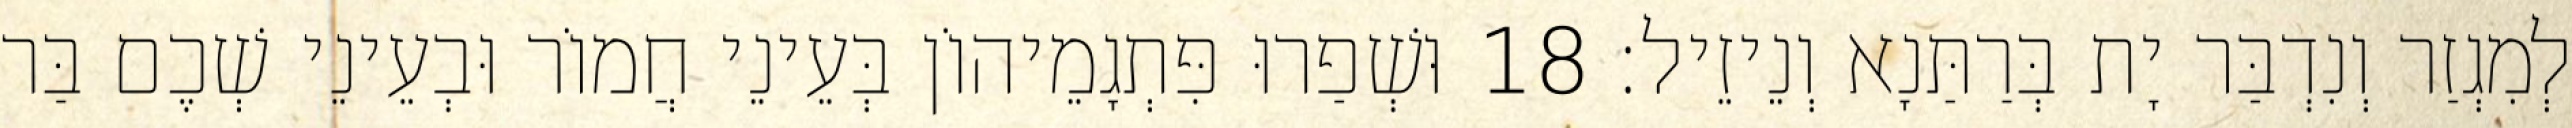
לְמִגְזַר וְנִדְבַּר יָת בְּרַתַּנָא וְנֵיזֵיל׃ 18 וּשְׁפַרוּ פִּתְגָמֵיהוֹן בְּעֵינֵי חֲמוֹר וּבְעֵינֵי שְׁכֶם בַּר